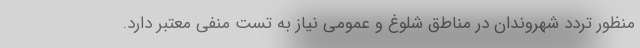
منظور تردد شهروندان در مناطق شلوغ و عمومی نیاز به تست منفی معتبر دارد.